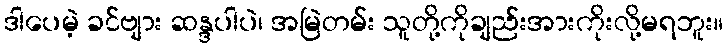
ဒါပေမဲ့ ခင်ဗျား ဆန္ဒပါပဲ၊ အမြဲတမ်း သူတို့ကိုချည်းအားကိုးလို့မရဘူး။